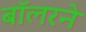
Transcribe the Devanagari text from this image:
बॉलरने